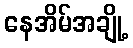
နေအိမ်အချို့